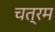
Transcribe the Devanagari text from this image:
चत्रम